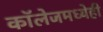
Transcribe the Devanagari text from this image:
काॅलेजमध्येही